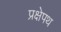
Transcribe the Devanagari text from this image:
प्रक्षेपथ